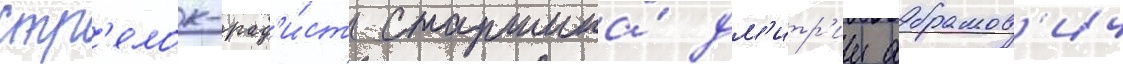
Стр'елок-рад'и́ст старшина́ дм'итр'ии абрамов'ич